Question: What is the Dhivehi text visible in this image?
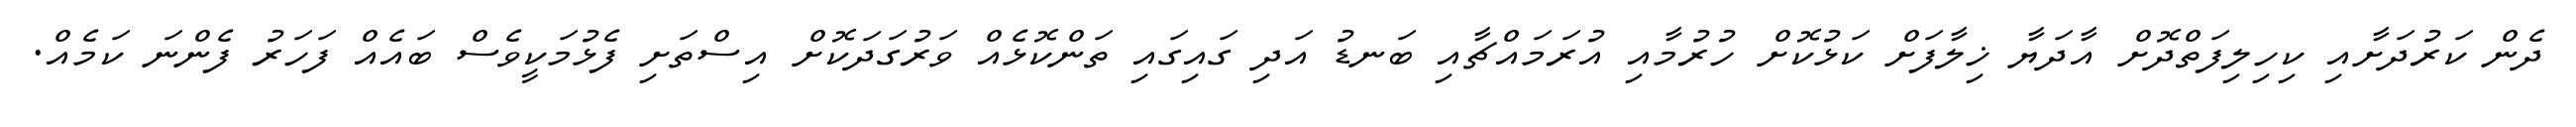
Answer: ދެން ކަރުދަށާއި ކިހިލިފަތްދޮށް އާދަޔާ ޚިލާފަށް ކަޅުކޮށް ހުރުމާއި އުރަމައްޗާއި ބަނޑު އަދި ގައިގައި ތަންކޮޅެއް ވަރުގަދަކޮށް އިސްތަށި ފެޅުމަކީވެސް ބައެއް ފަހަރު ފެންނަ ކަމެއް.